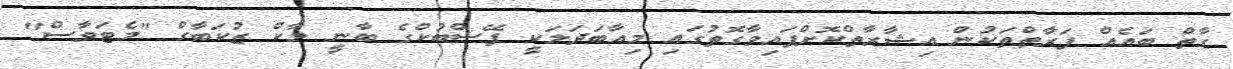
ގާތް ބައެއް ފަރާތްތަކުން އިޝާރާތްކޮށްފައިވާގޮތުގައި މިއާބަދަަލަކީ ފޭސްބުކްގެ ބާނީ މާކް ޒުކަބާގް "މެޓަވާސް"